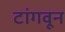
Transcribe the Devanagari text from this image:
टांगवून